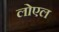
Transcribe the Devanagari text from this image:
लोएल